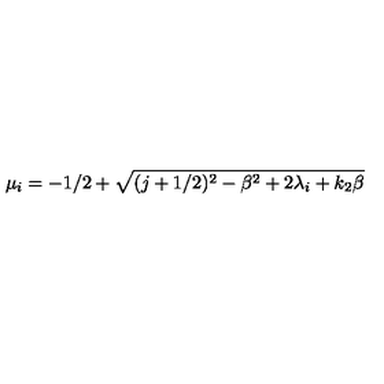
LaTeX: \mu _ { i } = - 1 / 2 + \sqrt { ( j + 1 / 2 ) ^ { 2 } - \beta ^ { 2 } + 2 \lambda _ { i } + k _ { 2 } \beta }